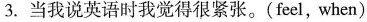
3.当我说英语时我觉得很紧张。(feel，when)